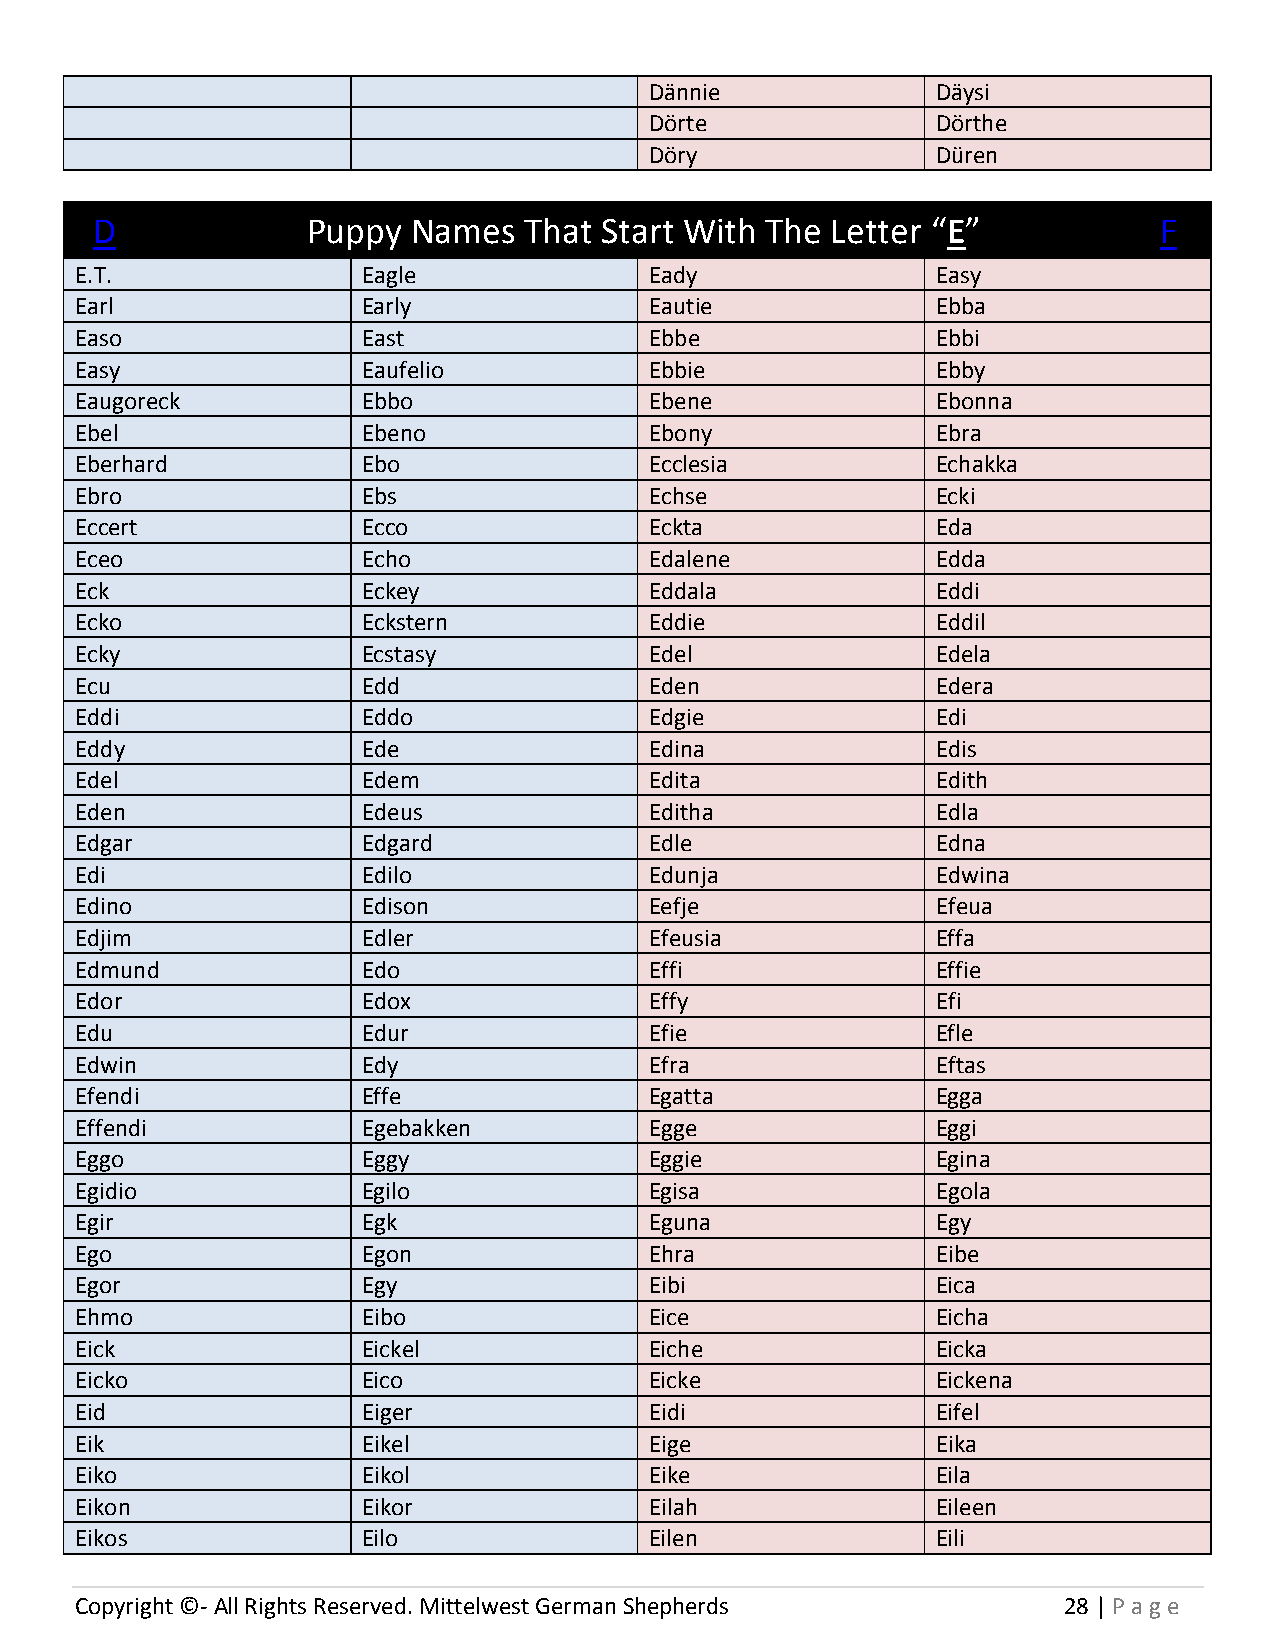
Dännie             Däysi
 Dörte              Dörthe
 Döry               Düren
 D             Puppy  Names   That Start With The Letter “E”            F
 E.T.               Eagle              Eady               Easy
 Earl               Early              Eautie             Ebba
 Easo               East               Ebbe               Ebbi
 Easy               Eaufelio           Ebbie              Ebby
 Eaugoreck          Ebbo               Ebene              Ebonna
 Ebel               Ebeno              Ebony              Ebra
 Eberhard           Ebo                Ecclesia           Echakka
 Ebro               Ebs                Echse              Ecki
 Eccert             Ecco               Eckta              Eda
 Eceo               Echo               Edalene            Edda
 Eck                Eckey              Eddala             Eddi
 Ecko               Eckstern           Eddie              Eddil
 Ecky               Ecstasy            Edel               Edela
 Ecu                Edd                Eden               Edera
 Eddi               Eddo               Edgie              Edi
 Eddy               Ede                Edina              Edis
 Edel               Edem               Edita              Edith
 Eden               Edeus              Editha             Edla
 Edgar              Edgard             Edle               Edna
 Edi                Edilo              Edunja             Edwina
 Edino              Edison             Eefje              Efeua
 Edjim              Edler              Efeusia            Effa
 Edmund             Edo                Effi               Effie
 Edor               Edox               Effy               Efi
 Edu                Edur               Efie               Efle
 Edwin              Edy                Efra               Eftas
 Efendi             Effe               Egatta             Egga
 Effendi            Egebakken          Egge               Eggi
 Eggo               Eggy               Eggie              Egina
 Egidio             Egilo              Egisa              Egola
 Egir               Egk                Eguna              Egy
 Ego                Egon               Ehra               Eibe
 Egor               Egy                Eibi               Eica
 Ehmo               Eibo               Eice               Eicha
 Eick               Eickel             Eiche              Eicka
 Eicko              Eico               Eicke              Eickena
 Eid                Eiger              Eidi               Eifel
 Eik                Eikel              Eige               Eika
 Eiko               Eikol              Eike               Eila
 Eikon              Eikor              Eilah              Eileen
 Eikos              Eilo               Eilen              Eili
 Copyright ©- All Rights Reserved. Mittelwest German Shepherds    28 | P age